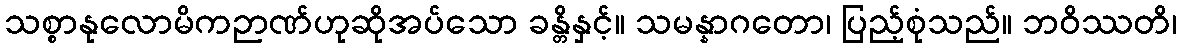
သစ္စာနုလောမိကဉာဏ်ဟုဆိုအပ်သော ခန္တိနှင့်။ သမန္နာဂတော၊ ပြည့်စုံသည်။ ဘဝိဿတိ၊